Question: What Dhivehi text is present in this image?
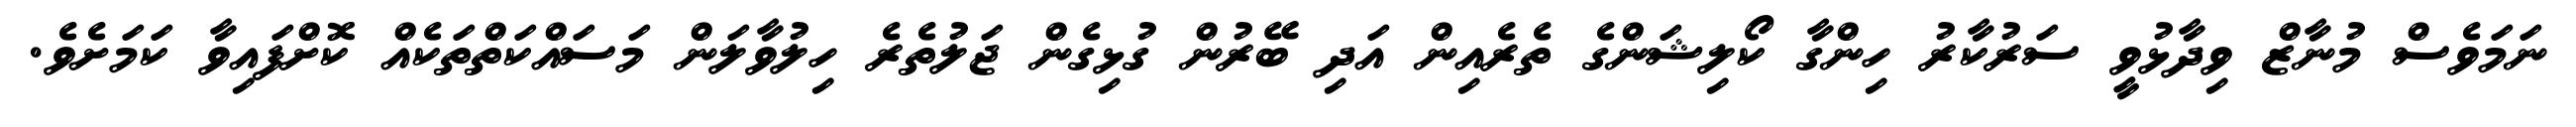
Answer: ނަމަވެސް މުނާޒް ވިދާޅުވީ ސަރުކާރު ހިންގާ ކޯލިޝަންގެ ތެރެއިން އަދި ބޭރުން ގުޅިގެން ޖަލުތެރެ ހިލުވާލަން މަސައްކަތްތަކެއް ކޮށްފައިވާ ކަމަށެވެ.